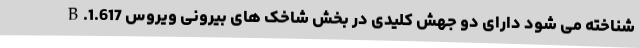
B.1.617 شناخته می شود دارای دو جهش کلیدی در بخش شاخک های بیرونی ویروس